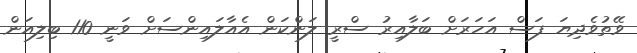
ވޭތުވެދިޔަ ފަސް އަހަރަށް ބަލާއިރު ސްރީ ލަންކަން އެއާލައިންސަށް ވަނީ 110 ބިލިއަން